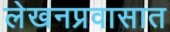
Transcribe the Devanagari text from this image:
लेखनप्रवासात